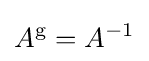
A^{\mathrm {g} }=A^{-1}